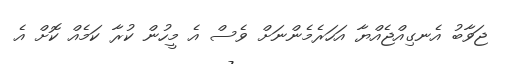
ޖަވާބު އެނގިއްޖެއްޔާ އަހަރެމެންނަށް ވެސް އެ މީހުން ކުރާ ކަމެއް ކޮށް އެ